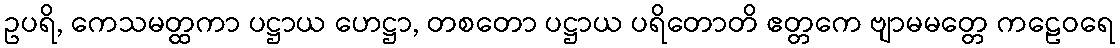
ဥပရိ, ကေသမတ္ထကာ ပဋ္ဌာယ ဟေဋ္ဌာ, တစတော ပဋ္ဌာယ ပရိတောတိ ဧတ္တကေ ဗျာမမတ္တေ ကဠေဝရေ